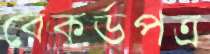
রেকর্ডপত্র